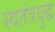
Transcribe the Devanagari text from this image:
स्वतंत्रयुद्ध